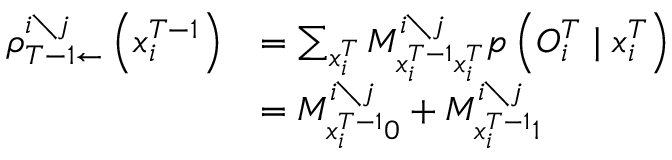
\begin{array} { r l } { \rho _ { T - 1 \leftarrow } ^ { i \setminus j } \left( x _ { i } ^ { T - 1 } \right) } & { = \sum _ { x _ { i } ^ { T } } M _ { x _ { i } ^ { T - 1 } x _ { i } ^ { T } } ^ { i \setminus j } p \left( O _ { i } ^ { T } \mid x _ { i } ^ { T } \right) } \\ & { = M _ { x _ { i } ^ { T - 1 } 0 } ^ { i \setminus j } + M _ { x _ { i } ^ { T - 1 } 1 } ^ { i \setminus j } } \end{array}